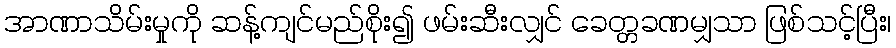
အာဏာသိမ်းမှုကို ဆန့်ကျင်မည်စိုး၍ ဖမ်းဆီးလျှင် ခေတ္တခဏမျှသာ ဖြစ်သင့်ပြီး၊